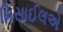
મિસાઈલએ